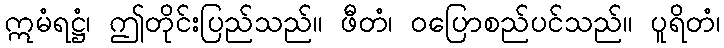
ဣမံရဋ္ဌံ၊ ဤတိုင်းပြည်သည်။ ဖီတံ၊ ဝပြောစည်ပင်သည်။ ပူရိတံ၊